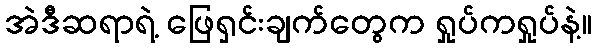
အဲဒီဆရာရဲ့ ဖြေရှင်းချက်တွေက ရှုပ်ကရှုပ်နဲ့။